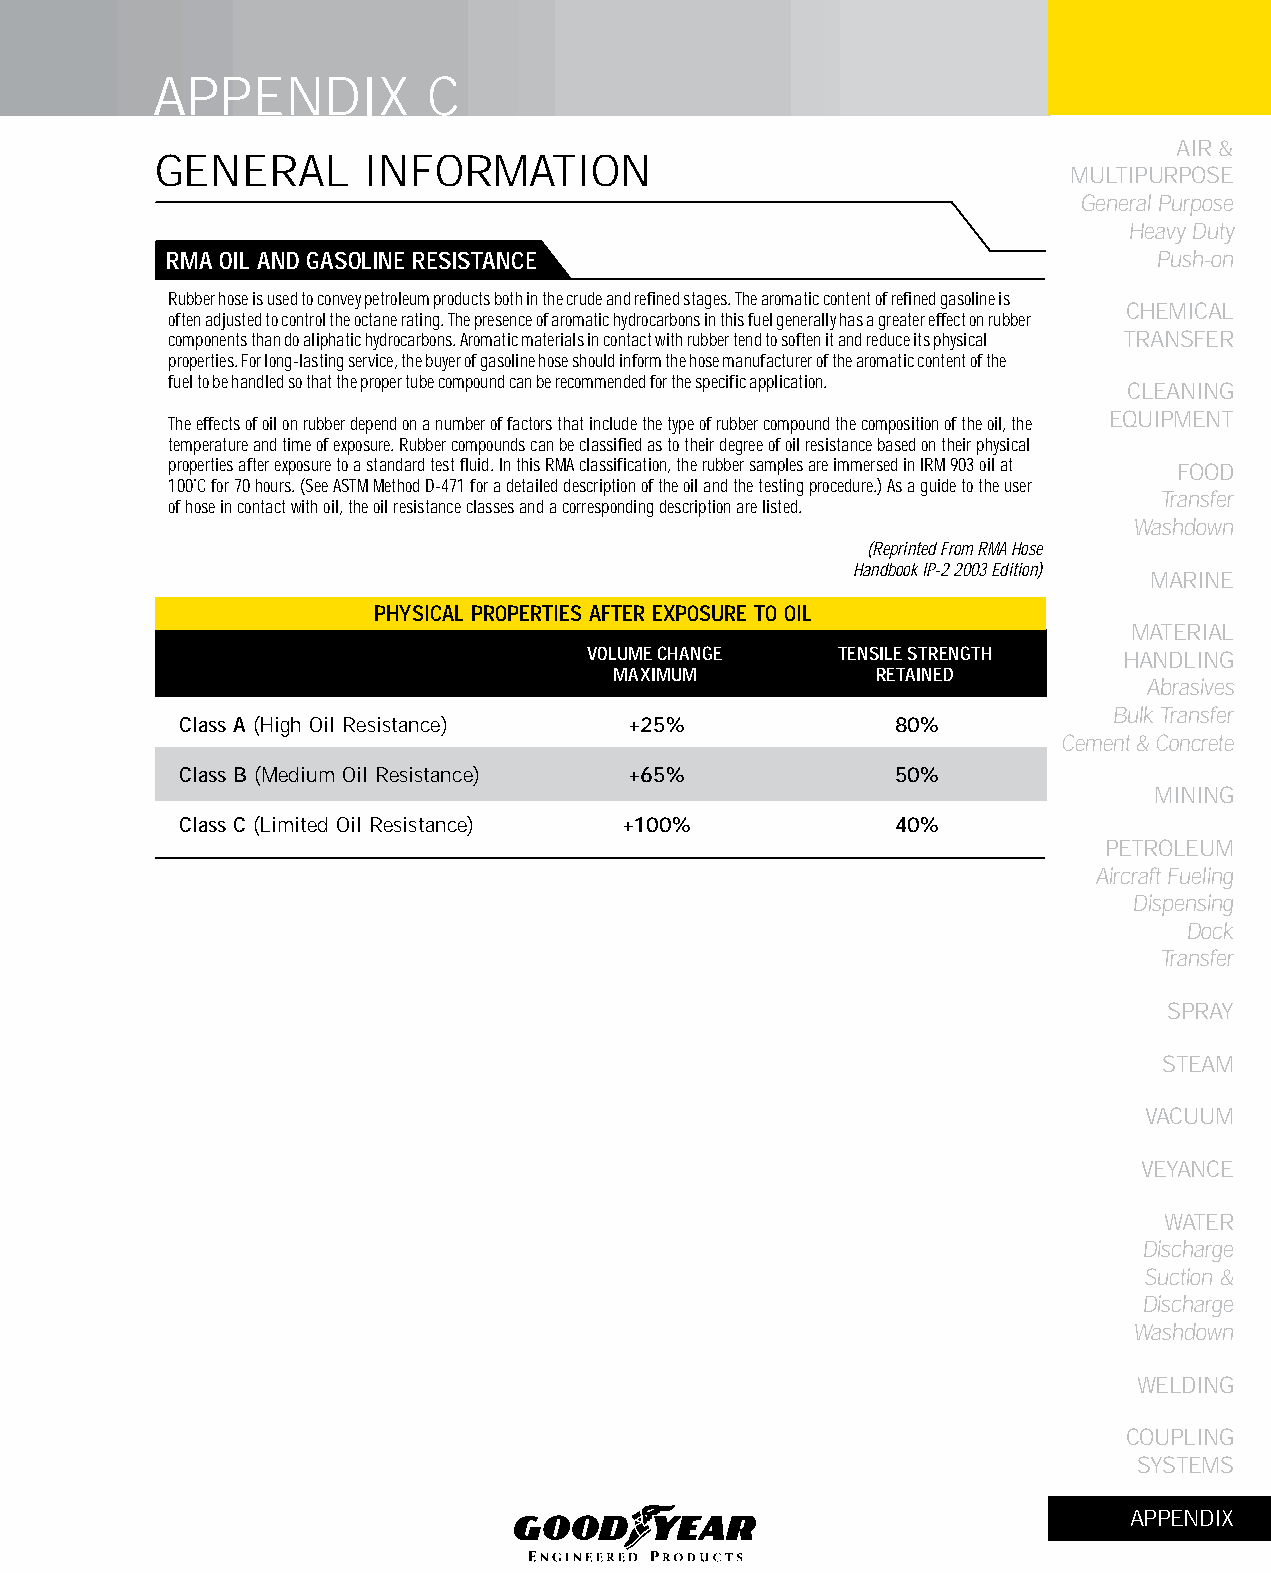
APPENDIX          C
 AIR &
 GENERAL       INFORMATION
 MULTIPURPOSE
 General Purpose
 Heavy Duty
 RMA OIL AND GASOLINE RESISTANCE                                   Push-on
 Rubber hose is used to convey petroleum products both in the crude and refined stages. The aromatic content of refined gasoline is
 CHEMICAL
 often adjusted to control the octane rating. The presence of aromatic hydrocarbons in this fuel generally has a greater effect on rubber
 components than do aliphatic hydrocarbons. Aromatic materials in contact with rubber tend to soften it and reduce its physical TRANSFER
 properties. For long-lasting service, the buyer of gasoline hose should inform the hose manufacturer of the aromatic content of the
 fuel to be handled so that the proper tube compound can be recommended for the specific application.
 CLEANING
 The effects of oil on rubber depend on a number of factors that include the type of rubber compound the composition of the oil, the EqUIPMENT
 temperature and time of exposure. Rubber compounds can be classified as to their degree of oil resistance based on their physical
 properties after exposure to a standard test fluid. In this RMA classification, the rubber samples are immersed in IRM 903 oil at FOOD
 100˚C for 70 hours. (See ASTM Method D-471 for a detailed description of the oil and the testing procedure.) As a guide to the user
 Transfer
 of hose in contact with oil, the oil resistance classes and a corresponding description are listed.
 Washdown
 (Reprinted From RMA Hose
 Handbook IP-2 2003 Edition)
 MARINE
 PHySICAL PROPERTIES AfTER EXPOSURE TO OIL
 MATERIAL
 VOLUME CHANGE    TENSILE STRENGTH  HANDLING
 MAXIMUM          RETAINED
 Abrasives
 Bulk Transfer
 Class A (High Oil Resistance) +25%             80%
 Cement & Concrete
 Class B (Medium Oil Resistance) +65%           50%
 MINING
 Class C (Limited Oil Resistance) +100%         40%
 PETROLEUM
 Aircraft Fueling
 Dispensing
 Dock
 Transfer
 SPRAY
 STEAM
 VACUUM
 VEYANCE
 WATER
 Discharge
 Suction &
 Discharge
 Washdown
 WELDING
 COUPLING
 SYSTEMS
 APPENDIX
 323